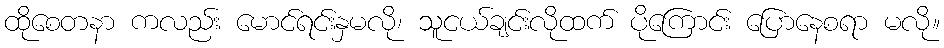
ထိုစေတနာ ကလည်း မောင်ရင်းနှမလို၊ သူငယ်ချင်းလိုထက် ပိုကြောင်း ပြောနေစရာ မလို။